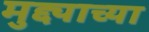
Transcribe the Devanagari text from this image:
मुद्द्याच्‍या